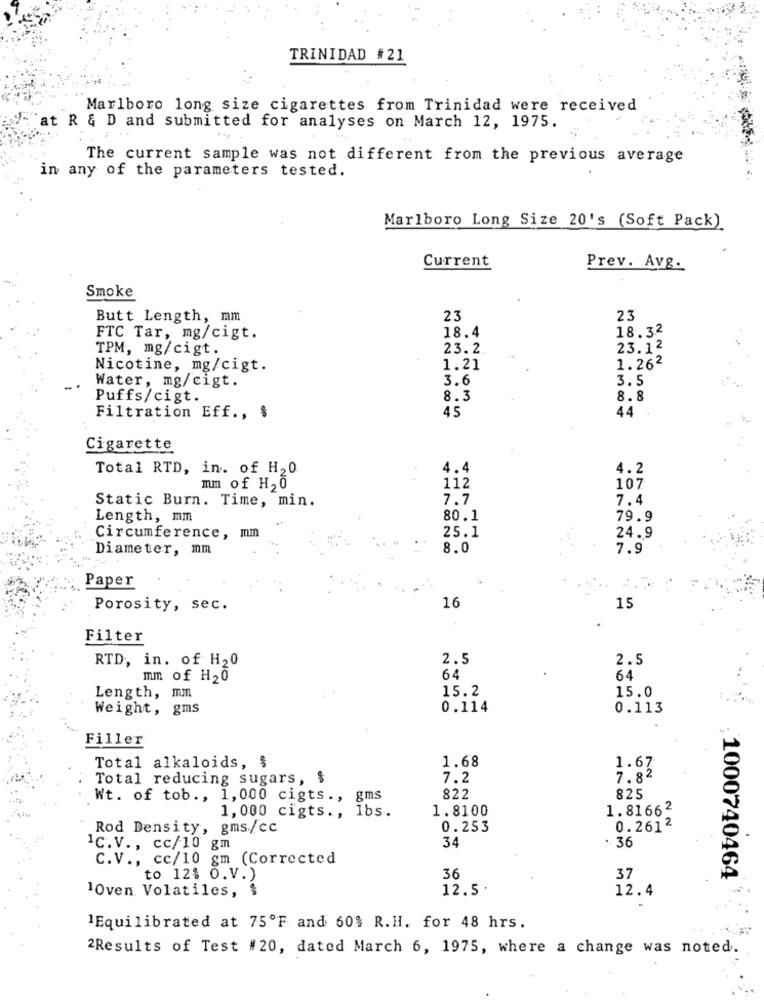
TRINIDAD #21
Marlboro long size cigarettes from Trinidad were received
at R & D and submitted for analyses on March 12, 1975.
The current sample was not different from the previous average
in any of the parameters tested.
Marlboro Long Size 20's (Soft Pack)
Current
Prev. Avg.
Smoke
Butt Length, mm
23
23
18.4
18.32
FTC Tar, mg/cigt.
TPM, mg/cigt.
23.2
23.12
Nicotine, mg/cigt.
1.21
1.262
3.6
3.5
Water, mg/cigt.
Puffs/cigt.
8.3
8.8
45
44
Filtration Eff ., $
Cigarette
Total RTD, in. of H20
4.4
4.2
mm of H20
112
107
Static Burn. Time, min.
7.7
7.4
Length, mm
80.1
79.9
25.1
24.9
Circumference, mm
Diameter, mm
8.0
7.9
Paper
Porosity, sec.
16
15
Filter
RTD, in. of H20
2.5
2.5
mm of H20
64
64
15.2
15.0
Length, mm
Weight, gms
0.114
0.113
Filler
1.68
1.67
Total alkaloids, %
Total reducing sugars, $
7.2
7.82
Wt. of tob ., 1, 000 cigts ., gms
822
825
1,000 cigts ., lbs.
1.8100
1.81662
Rod Density, gms/cc
0.253
0.2612
34
36
1c.v ., cc/10 gm
C.V ., cc/10 gm (Corrected
to 12% O.V.)
36
37
1000740464
10ven Volatiles, $
12.5.
12.4
1Equilibrated at 75ºF and 60% R.H. for 48 hrs.
2Results of Test #20, dated March 6, 1975, where a change was noted.